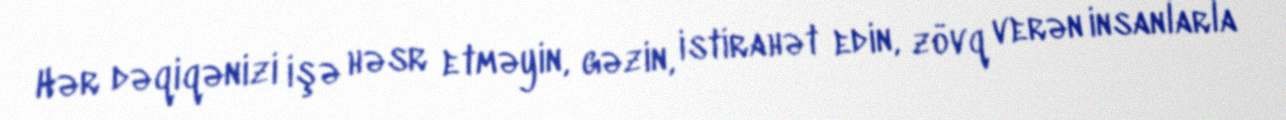
Hər dəqiqənizi işə həsr etməyin, gəzin, istirahət edin, zövq verən insanlarla